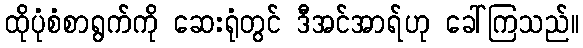
ထိုပုံစံစာရွက်ကို ဆေးရုံတွင် ဒီအင်အာရ်ဟု ခေါ်ကြသည်။